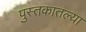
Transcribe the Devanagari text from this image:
पुस्‍तकातल्या